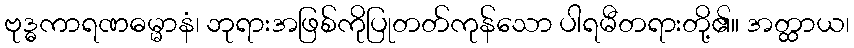
ဗုဒ္ဓကာရဏဓမ္မာနံ၊ ဘုရားအဖြစ်ကိုပြုတတ်ကုန်သော ပါရမီတရားတို့၏။ အတ္ထာယ၊